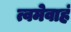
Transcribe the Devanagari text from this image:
त्वमेवाहं